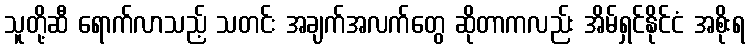
သူတို့ဆီ ရောက်လာသည့် သတင်း အချက်အလက်တွေ ဆိုတာကလည်း အိမ်ရှင်နိုင်ငံ အစိုးရ